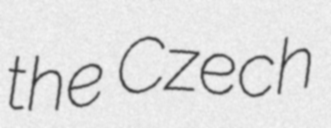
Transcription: the Czech